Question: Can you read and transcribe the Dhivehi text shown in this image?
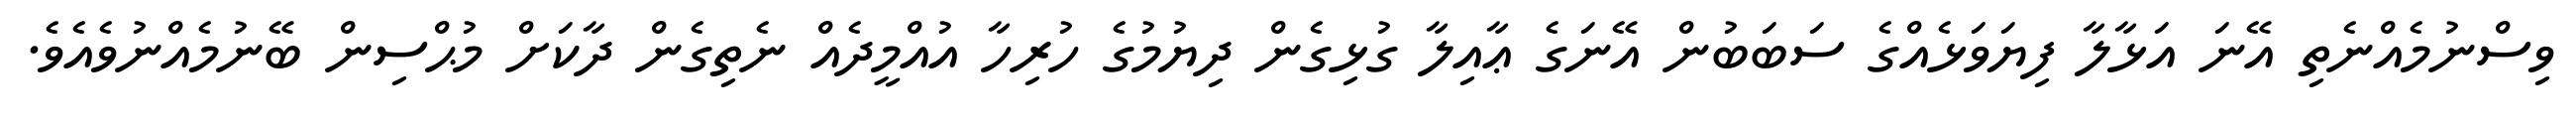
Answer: ވިސްނުމެއްނެތި އޭނަ އަޅާލާ ފިޔަވަޅެއްގެ ސަބަބުން އޭނަގެ ޢާއިލާ ގުޅިގެން ދިޔުމުގެ ހުރިހާ އުއްމީދެއް ނެތިގެން ދާކަށް މުޙްސިން ބޭނުމެއްނުވެއެވެ.